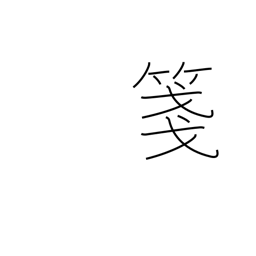
Meaning: composition